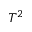
T ^ { 2 }